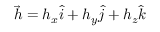
\vec { h } = h _ { x } \hat { i } + h _ { y } \hat { j } + h _ { z } \hat { k }